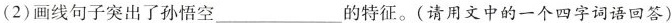
(2)画线句子突出了孙悟空___的特征。(请用文中的一个四字词语回答)